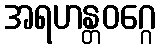
အရဟန္တဝဂ္ဂေ